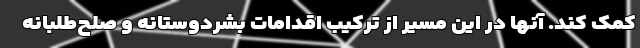
کمک کند. آنها در این مسیر از ترکیب اقدامات بشردوستانه و صلح‌طلبانه